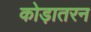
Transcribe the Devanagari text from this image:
कोड़ातरन